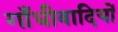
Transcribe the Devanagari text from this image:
गाँधीवादियों